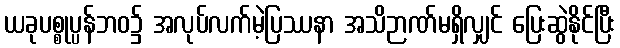
ယခုပစ္စုပ္ပန်ဘဝ၌ အလုပ်လက်မဲ့ပြဿနာ အသိဉာဏ်မရှိလျှင် ပြေးဆွဲနိုင်ပြီး